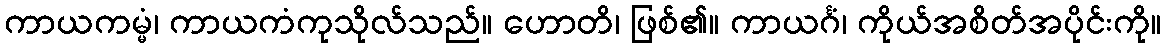
ကာယကမ္မံ၊ ကာယကံကုသိုလ်သည်။ ဟောတိ၊ ဖြစ်၏။ ကာယင်္ဂံ၊ ကိုယ်အစိတ်အပိုင်းကို။